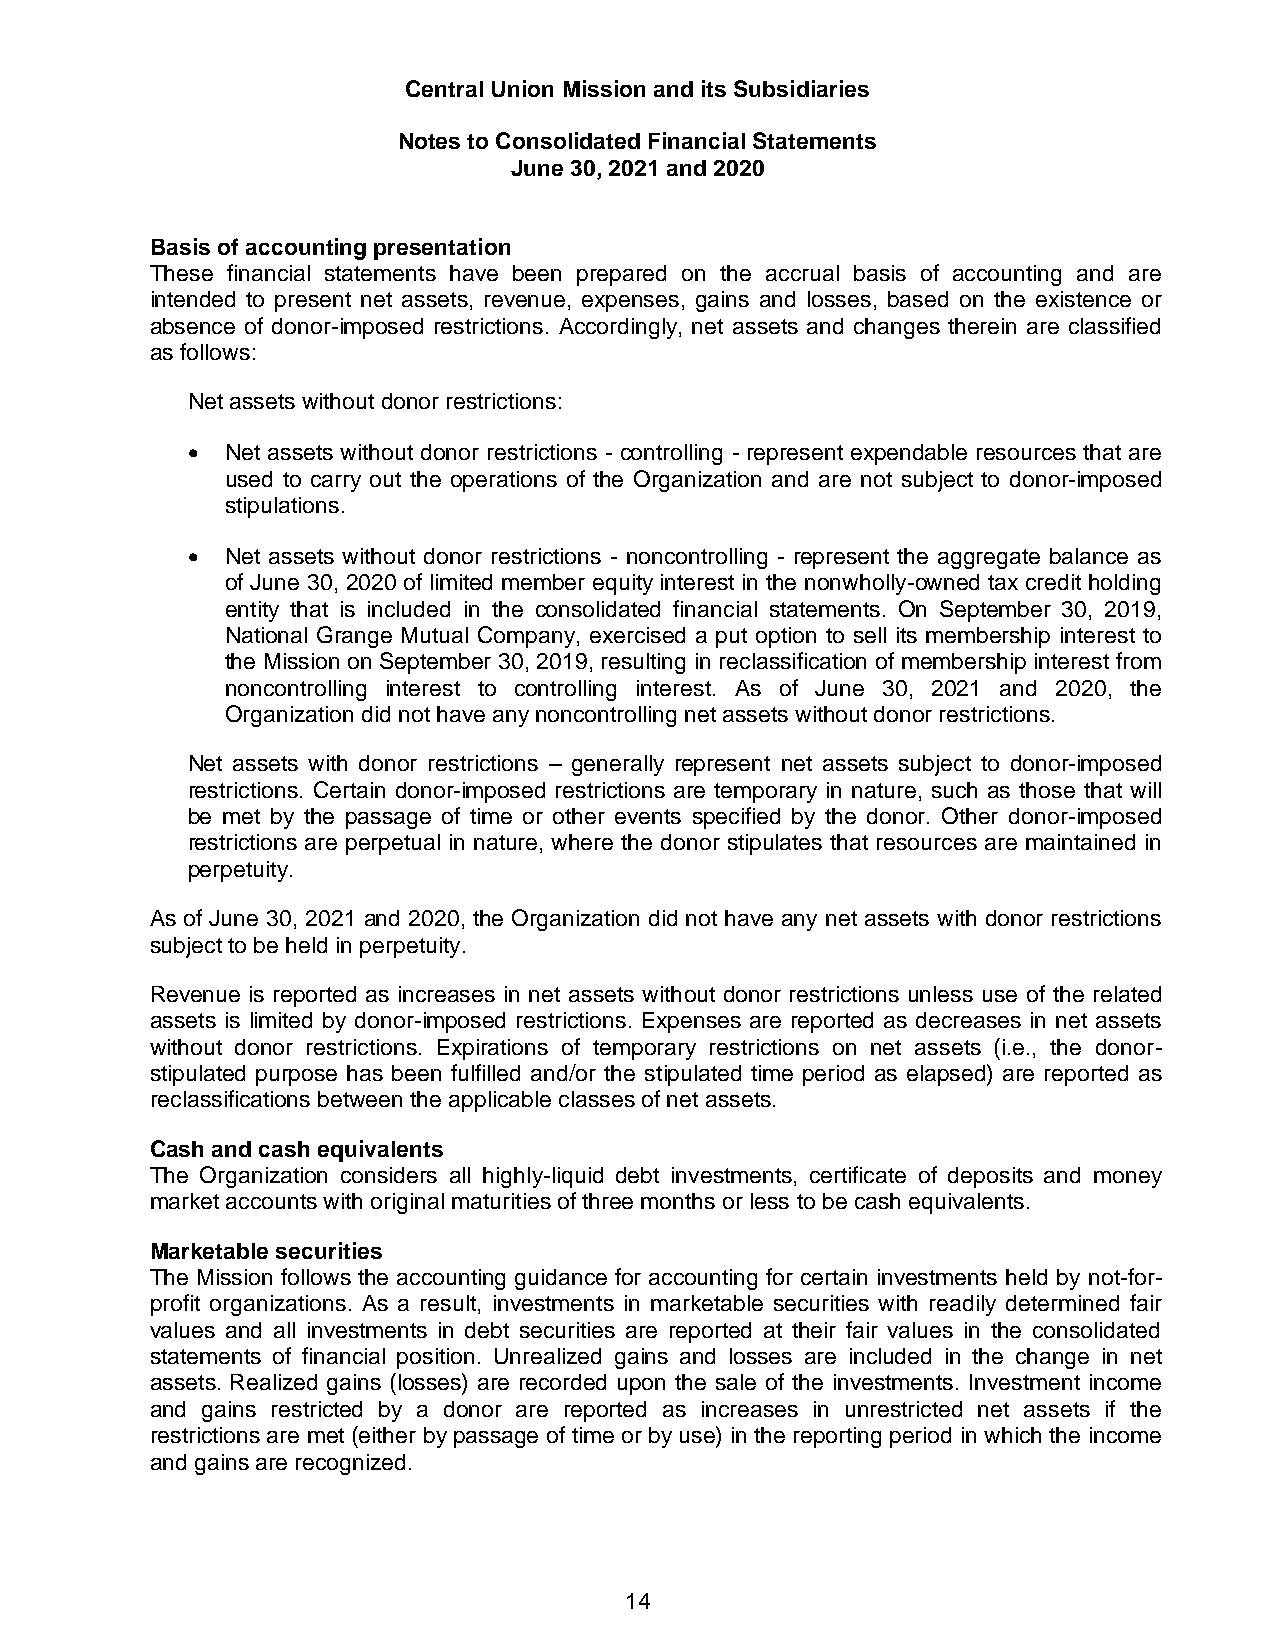
Central Union Mission and its Subsidiaries
 Notes to Consolidated Financial Statements
 June 30, 2021 and 2020
 Basis of accounting presentation
 These financial statements have been prepared on the accrual basis of accounting and are
 intended to present net assets, revenue, expenses, gains and losses, based on the existence or
 absence of donor-imposed restrictions. Accordingly, net assets and changes therein are classified
 as follows:
 Net assets without donor restrictions:
   Net assets without donor restrictions - controlling - represent expendable resources that are
 used to carry out the operations of the Organization and are not subject to donor-imposed
 stipulations.
   Net assets without donor restrictions - noncontrolling - represent the aggregate balance as
 of June 30, 2020 of limited member equity interest in the nonwholly-owned tax credit holding
 entity that is included in the consolidated financial statements. On September 30, 2019,
 National Grange Mutual Company, exercised a put option to sell its membership interest to
 the Mission on September 30, 2019, resulting in reclassification of membership interest from
 noncontrolling interest to controlling interest. As of June 30, 2021 and 2020, the
 Organization did not have any noncontrolling net assets without donor restrictions.
 Net assets with donor restrictions – generally represent net assets subject to donor-imposed
 restrictions. Certain donor-imposed restrictions are temporary in nature, such as those that will
 be met by the passage of time or other events specified by the donor. Other donor-imposed
 restrictions are perpetual in nature, where the donor stipulates that resources are maintained in
 perpetuity.
 As of June 30, 2021 and 2020, the Organization did not have any net assets with donor restrictions
 subject to be held in perpetuity.
 Revenue is reported as increases in net assets without donor restrictions unless use of the related
 assets is limited by donor-imposed restrictions. Expenses are reported as decreases in net assets
 without donor restrictions. Expirations of temporary restrictions on net assets (i.e., the donor-
 stipulated purpose has been fulfilled and/or the stipulated time period as elapsed) are reported as
 reclassifications between the applicable classes of net assets.
 Cash and cash equivalents
 The Organization considers all highly-liquid debt investments, certificate of deposits and money
 market accounts with original maturities of three months or less to be cash equivalents.
 Marketable securities
 The Mission follows the accounting guidance for accounting for certain investments held by not-for-
 profit organizations. As a result, investments in marketable securities with readily determined fair
 values and all investments in debt securities are reported at their fair values in the consolidated
 statements of financial position. Unrealized gains and losses are included in the change in net
 assets. Realized gains (losses) are recorded upon the sale of the investments. Investment income
 and gains restricted by a donor are reported as increases in unrestricted net assets if the
 restrictions are met (either by passage of time or by use) in the reporting period in which the income
 and gains are recognized.
 14